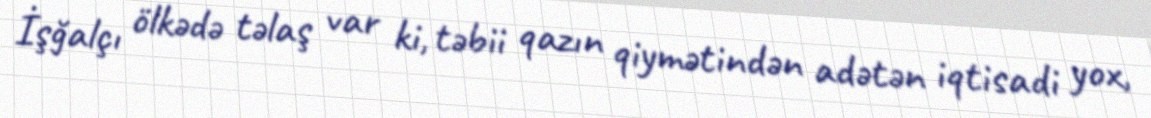
İşğalçı ölkədə təlaş var ki, təbii qazın qiymətindən adətən iqtisadi yox,